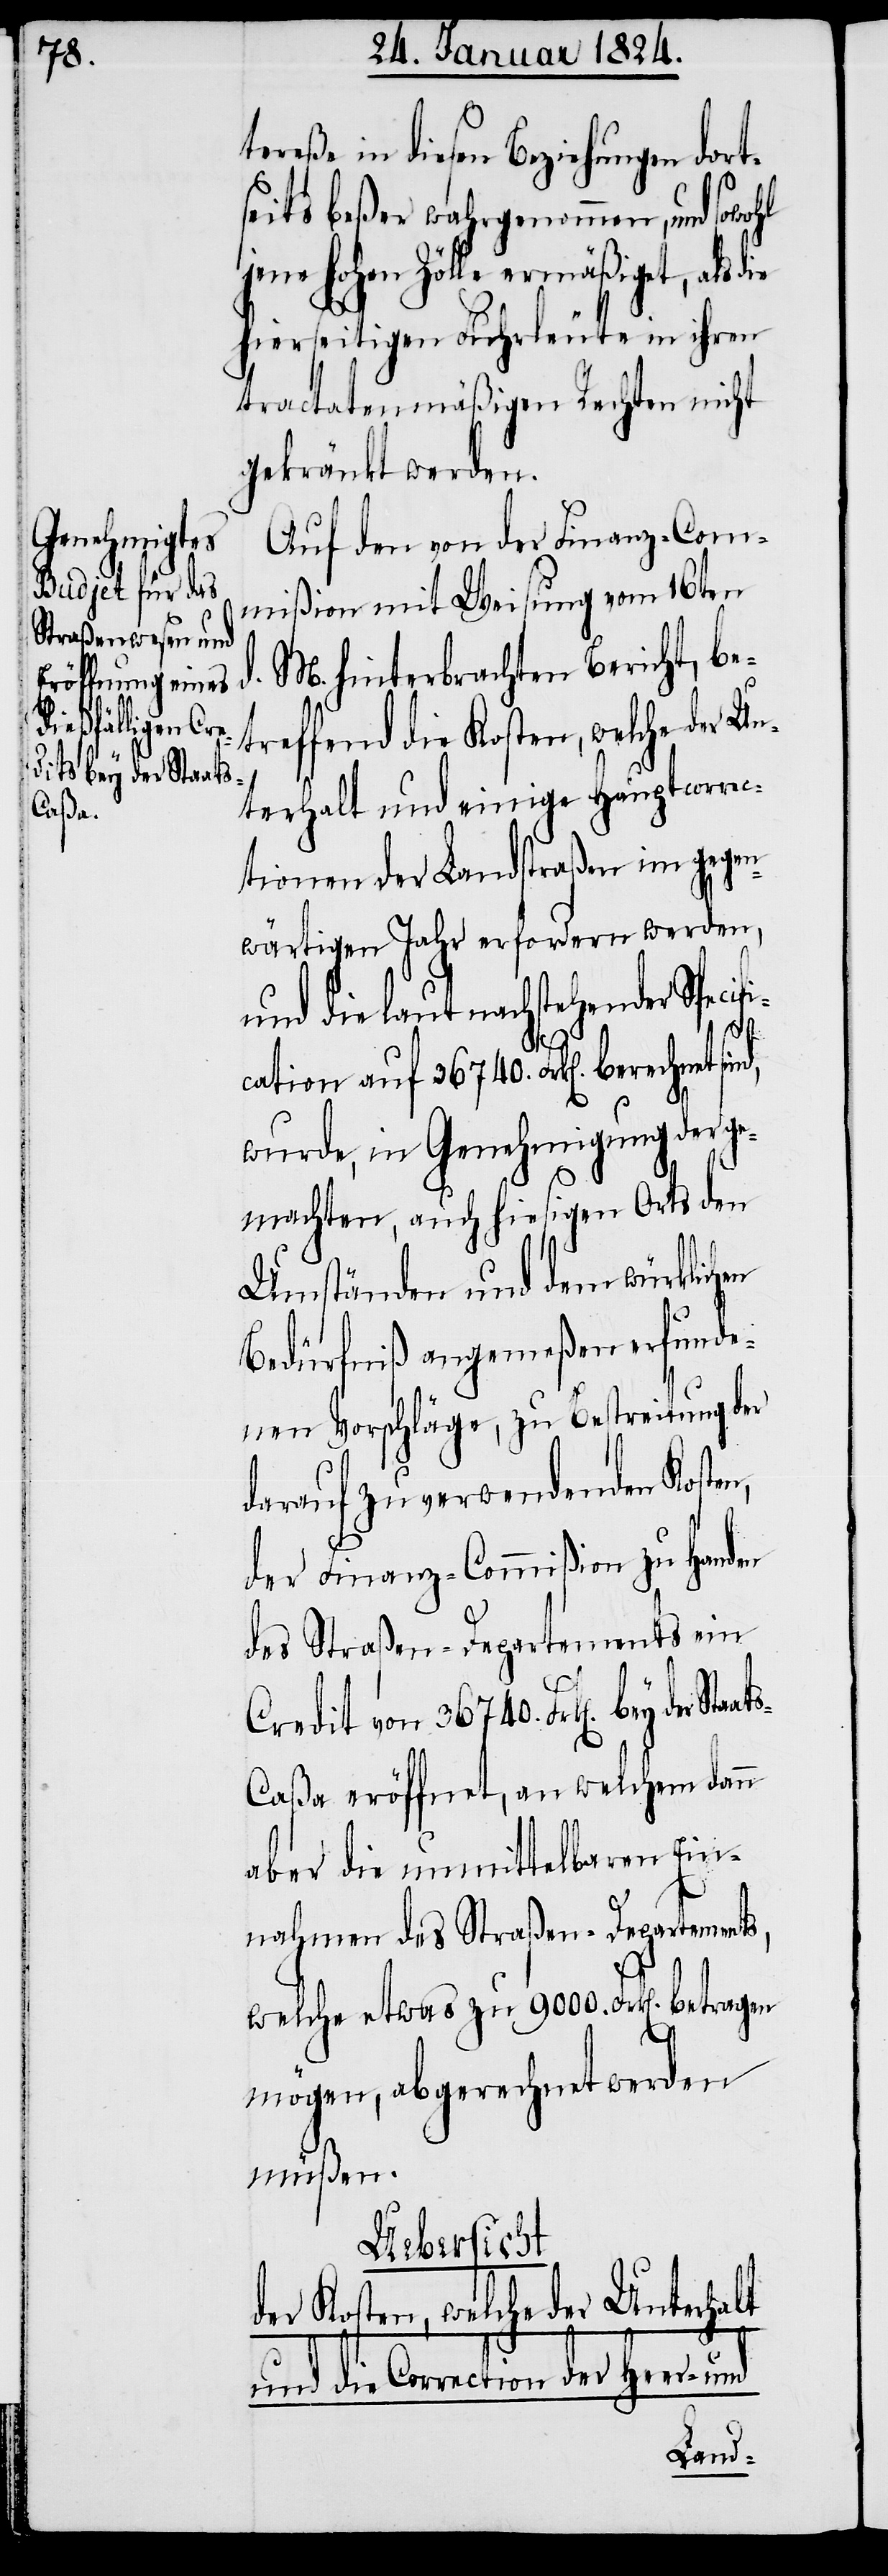
tereße in diesen Beziehungen dort¬
seits beßer wahrgenommen, und sowohl
hohen Zölle ermäßiget, als
hierseitigen Fahrleute in ihren
tractatenmäßigen Rechten nicht
gekränkt werden.
Auf den von der Finanz-Com¬
mißion mit Weisung vom 16ten
d. M. hinterbrachten Bericht, be¬
treffend die Kosten, welche der U¬
n]. bey der Staat¬
nterhalt und einige Hauptcorrec¬
tionen der Landstraßen im gegen¬
wärtigen Jahr erfordern werden,
und die laut nachstehender Specifi¬
cation auf 36740. Frk[en]. berechnet sind,
wurde, in Genehmigung der ge¬
machten, auch hiesigen Orts den
Umständen und dem würklichen
Bedürfniß angemeßen erfunde¬
nen Vorschläge, zu Bestreitung der
darauf zu verwendenden Kosten,
der Finanz-Commißion zu Handen
des Straßen-Departements ein
Credit von 36740. Frk[e¬
s-Caßa eröffnet, an welchem dann
aber die unmittelbaren Ein¬
nahmen des Straßen-Departements,
welche etwas zu 9000. Frk[en]. betragen
mögen, abgerechnet werden
müßen.
Uebersicht
Unterhalt
der Kosten, welche der
und die Correction der Heer- und